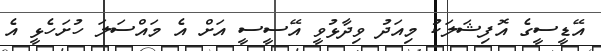
އޭޑީސީގެ އޮފިޝަލަކު މިއަދު ވިދާޅުވީ އޭސީސީ އަށް އެ މައްސަލަ ހުށަހެޅީ އެ